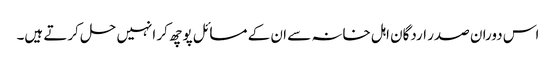
اس دوران صدر اردگان اہل خانہ سے ان کے مسائل پوچھ کر انہیں حل کرتے ہیں۔